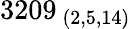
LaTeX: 3209_{\ (2,5,14)}